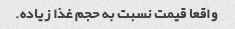
واقعا قیمت نسبت به حجم غذا زیاده.